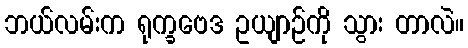
ဘယ်လမ်းက ရုက္ခဗေဒ ဥယျာဉ်ကို သွား တာလဲ။